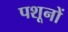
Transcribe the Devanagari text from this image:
पशूनों